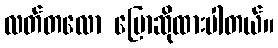
လတ်တလော ပြောဆိုထားပါတယ်။